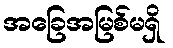
အခြေအမြစ်မရှိ